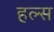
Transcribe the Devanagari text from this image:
हल्स